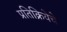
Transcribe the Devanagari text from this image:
प्रतिक्रियेचे